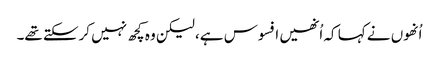
اُنھوں نے کہا کہ اُنھیں افسوس ہے، لیکن وہ کچھ نہیں کرسکتے تھے۔